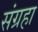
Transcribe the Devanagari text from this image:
संग्रहा